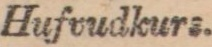
Hufvudkurs.